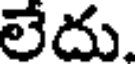
లేదు.